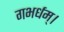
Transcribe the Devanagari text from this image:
गभर्धम्।